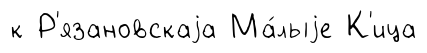
к Р'язановскаjа Ма́лыjе К'ица